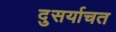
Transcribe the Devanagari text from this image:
दुसर्याचत